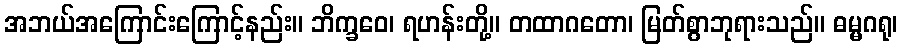
အဘယ်အကြောင်းကြောင့်နည်း။ ဘိက္ခဝေ၊ ရဟန်းတို့။ တထာဂတော၊ မြတ်စွာဘုရားသည်။ ဓမ္မဂရု၊